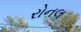
રોનલ